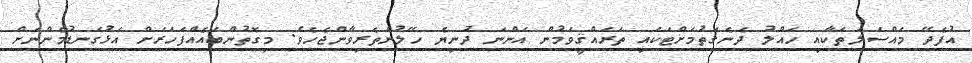
އުފެދޭ މައްސަލަތަކާއި ހައްލު ދެނެގަތުމަށްޓަކައި ތަރައްޤީވަމުން އަންނަ ދުނިޔެ ހޭލުންތެރިވާންޖެހެވެ. މިގޮތުންބައެއްފަހަރަށް އަޅުގަނޑުމެންނަށް